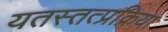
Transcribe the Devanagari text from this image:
यतस्तत्प्रक्रिया